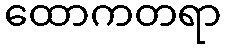
ထောကတရာ